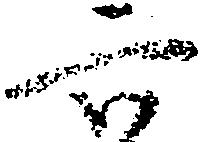
六